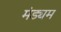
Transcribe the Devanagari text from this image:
मंड्यम